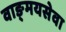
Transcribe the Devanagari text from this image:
वाङ्‌मयसेवा